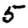
Digit: 5